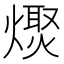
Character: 𤏌